Report of the Municipal Commissioner on the plague in Bombay for the year ending 31st May... - Volume 1
Disease focus: Plague
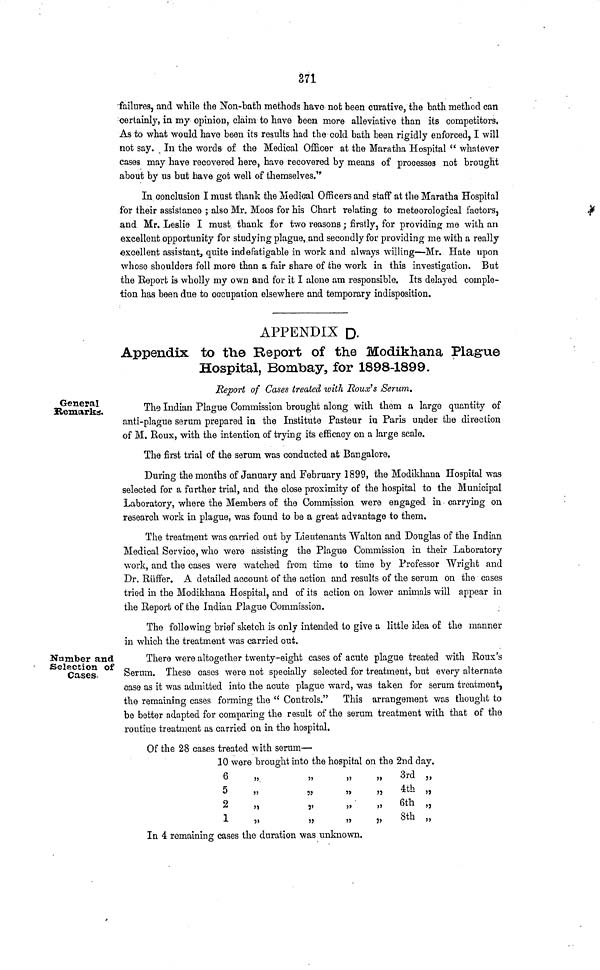
371
failures, and while the Non-bath methods have not been curative, the bath method can
certainly, in my opinion, claim to have been more alleviative than its competitors.
As to what would have been its results had the cold bath been rigidly enforced, I will
not say. In the words of the Medical Officer at the Maratha Hospital " whatever
cases may have recovered here, have recovered by means of processes not brought
about by us but have got well of themselves."
In conclusion I must thank the Medical Officers and staff at the Maratha Hospital
for their assistance ; also Mr. Moos for his Chart relating to meteorological factors,
and Mr. Leslie I must thank for two reasons; firstly, for providing me with an
excellent opportunity for studying plague, and secondly for providing me with a really
excellent assistant, quite indefatigable in work and always willing—Mr. Hate upon
whose shoulders fell more than a fair share of the work in this investigation. But
the Report is wholly my own and for it I alone am responsible. Its delayed comple-
tion has been due to occupation elsewhere and temporary indisposition.
APPENDIX D-
Appendix to the Report of the Modikhana Plague
Hospital, Bombay, for 1898-1899.
General
Remarks
Report of Cases treated with Roua's Serum.
The Indian Plague Commission brought along with them a large quantity of
anti-plague serum prepared in the Institute Pasteur in Paris under the direction
of M. Roux, with the intention of trying its efficacy on a large scale.
The first trial of the serum was conducted at Bangalore.
During the months of January and February 1899, the Modikhana Hospital was
selected for a further trial, and the close proximity of the hospital to the Municipal
Laboratory, where the Members of the Commission were engaged in carrying on
research work in plague, was found to be a great advantage to them.
The treatment was carried out by Lieutenants Walton and Douglas of the Indian
Medical Service, who were assisting the Plague Commission in their Laboratory
work, and the cases were watched from time to time by Professor Wright and
Dr. Riiffer. A detailed account of the action and results of the serum on the cases
tried in the Modikhana Hospital, and of its action on lower animals will appear in
the Report of the Indian Plague Commission.
The following brief sketch is only intended to give a little idea of the manner
in which the treatment was carried out.
Number and
Selection of
Cases-
There were altogether twenty-eight cases of acute plague treated with Roux's
Serum. These cases were not specially selected for treatment, but every alternate
case as it was admitted into the acute plague ward, was taken for serum treatment,
the remaining cases forming the " Controls." This arrangement was thought to
be better adapted for comparing the result of the serum treatment with that of the
routine treatment as carried on in the hospital.
Of the 28 cases treated with serum—
10 were brought into the hospital on the 2nd dav.
6
5
2
1
..
..
j..
5J
..
5
3'
5J
..
..
..
..
..
3rd „
4th „
6th „
8th „
In 4 remaining cases the duration was unknown.